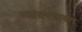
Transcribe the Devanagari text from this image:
न्यायपंचायत